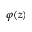
\varphi ( z )